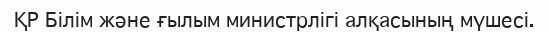
ҚР Білім және ғылым министрлігі алқасының мүшесі.